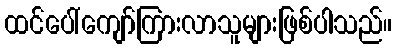
ထင်ပေါ်ကျော်ကြားလာသူများဖြစ်ပါသည်။